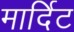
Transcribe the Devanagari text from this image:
मार्दिट